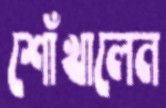
শোঁখালেন